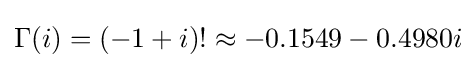
\Gamma (i)=(-1+i)!\approx -0.1549-0.4980i